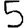
Digit: 5